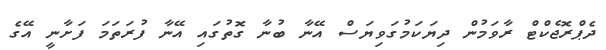
ދެޕްރޮޖެކްޓް ރާވަމުން ދިޔަކަމުގަވިޔަސް އޭނާ ބުނާ ގޮތުގައި އޭނާ ފުރަތަމަ ފަށާނީ އޭގެ